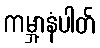
ကမ္ဘာ့နံပါတ်